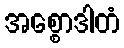
အစ္စောဒါတံ